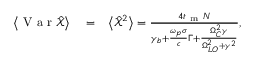
\begin{array} { r l r } { \left< \mathrm { ~ V ~ a ~ r ~ } \hat { \mathcal X } \right> } & { { } = } & { \left< \hat { \mathcal X } ^ { 2 } \right> = \frac { 4 t _ { \mathrm { ~ m ~ } } N } { { \gamma _ { b } } + \frac { \omega _ { p } \sigma } { c } \Gamma + \frac { \Omega _ { C } ^ { 2 } \gamma } { \Omega _ { L O } ^ { 2 } + \gamma ^ { 2 } } } , } \end{array}